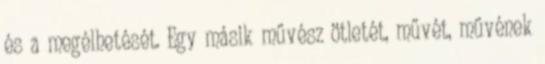
és a megélhetését. Egy másik művész ötletét, művét, művének